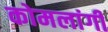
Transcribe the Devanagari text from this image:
कोमलांगी